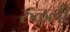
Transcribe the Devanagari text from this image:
रुळली